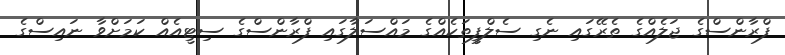
ފްރާންސްގެ ޖަލެއްގެ ތެރޭގައި ނެގި ސެލްފީތަކެއްގެ މައްސަލާގައި ފްރާންސްގެ ސިޓީއެއް ކަމަށްވާ ނައިސްގެ